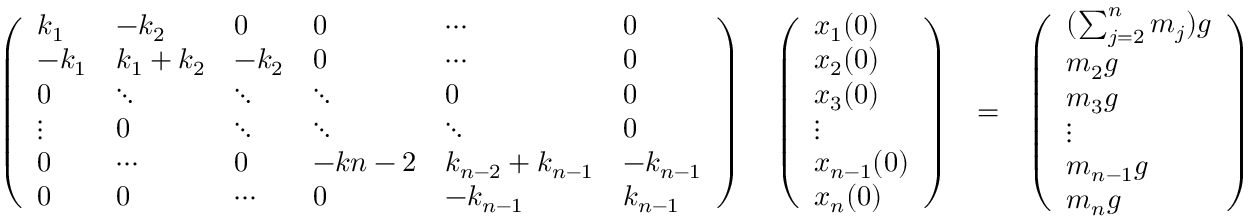
\begin{array} { r l r } { \left( \begin{array} { l l l l l l } { k _ { 1 } } & { - k _ { 2 } } & { 0 } & { 0 } & { \cdots } & { 0 } \\ { - k _ { 1 } } & { k _ { 1 } + k _ { 2 } } & { - k _ { 2 } } & { 0 } & { \cdots } & { 0 } \\ { 0 } & { \ddots } & { \ddots } & { \ddots } & { 0 } & { 0 } \\ { \vdots } & { 0 } & { \ddots } & { \ddots } & { \ddots } & { 0 } \\ { 0 } & { \cdots } & { 0 } & { - k { n - 2 } } & { k _ { n - 2 } + k _ { n - 1 } } & { - k _ { n - 1 } } \\ { 0 } & { 0 } & { \cdots } & { 0 } & { - k _ { n - 1 } } & { k _ { n - 1 } } \end{array} \right) \quad \left( \begin{array} { l } { x _ { 1 } ( 0 ) } \\ { x _ { 2 } ( 0 ) } \\ { x _ { 3 } ( 0 ) } \\ { \vdots } \\ { x _ { n - 1 } ( 0 ) } \\ { x _ { n } ( 0 ) } \end{array} \right) } & { = } & { \left( \begin{array} { l } { ( \sum _ { j = 2 } ^ { n } m _ { j } ) g } \\ { m _ { 2 } g } \\ { m _ { 3 } g } \\ { \vdots } \\ { m _ { n - 1 } g } \\ { m _ { n } g } \end{array} \right) } \end{array}